Leaving Certificate Examination (including Day School Certificate (Higher) General paper), 1938
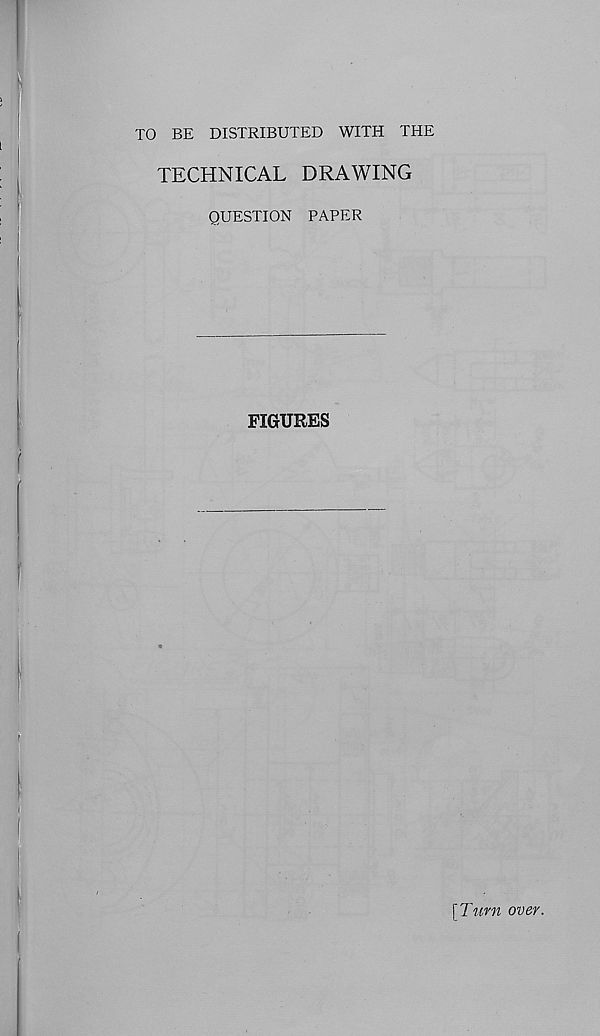
TO BE DISTRIBUTED WITH THE
TECHNICAL DRAWING
QUESTION PAPER
FIGURES